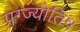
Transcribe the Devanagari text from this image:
प्रग्ज्योतिष